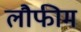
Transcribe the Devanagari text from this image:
लौफीम